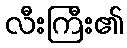
လီးကြီး၏